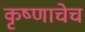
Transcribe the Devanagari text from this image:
कृष्णाचेच